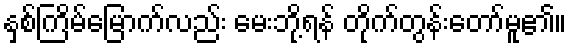
နှစ်ကြိမ်မြောက်လည်း မေးဘို့ရန် တိုက်တွန်းတော်မူ၏။